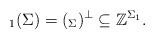
LaTeX: \begin{align*}_1(\Sigma)=(_\Sigma)^\perp \subseteq \mathbb{Z}^{\Sigma_1}.\end{align*}